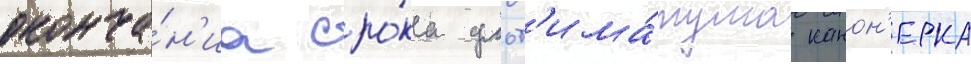
оконча́н'иа сро́ка ульт'има́тума канон'ерка